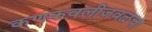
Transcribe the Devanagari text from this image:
कणकवलीजवळचा